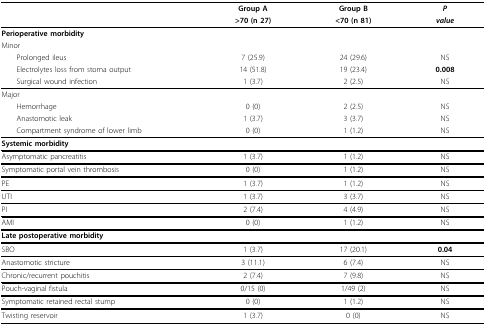
|  | Group A | Group B | P |
 |  | >70 (n 27) | <70 (n 81) | value |
 | --- | --- | --- | --- |
 | Perioperative morbidity |  |  |  |
 | Minor |  |  |  |
 | Prolonged ileus | 7 (25.9) | 24 (29.6) | NS |
 | Electrolytes loss from stoma output | 14 (51.8) | 19 (23.4) | 0.008 |
 | Surgical wound infection | 1 (3.7) | 2 (2.5) | NS |
 | Major |  |  |  |
 | Hemorrhage | 0 (0) | 2 (2.5) | NS |
 | Anastomotic leak | 1 (3.7) | 3 (3.7) | NS |
 | Compartment syndrome of lower limb | 0 (0) | 1 (1.2) | NS |
 | Systemic morbidity |  |  |  |
 | Asymptomatic pancreatitis | 1 (3.7) | 1 (1.2) | NS |
 | Symptomatic portal vein thrombosis | 0 (0) | 1 (1.2) | NS |
 | PE | 1 (3.7) | 1 (1.2) | NS |
 | UTI | 1 (3.7) | 3 (3.7) | NS |
 | PI | 2 (7.4) | 4 (4.9) | NS |
 | AMI | 0 (0) | 1 (1.2) | NS |
 | Late postoperative morbidity |  |  |  |
 | SBO | 1 (3.7) | 17 (20.1) | 0.04 |
 | Anastomotic stricture | 3 (11.1) | 6 (7.4) | NS |
 | Chronic/recurrent pouchitis | 2 (7.4) | 7 (9.8) | NS |
 | Pouch-vaginal fistula | 0/15 (0) | 1/49 (2) | NS |
 | Symptomatic retained rectal stump | 0 (0) | 1 (1.2) | NS |
 | Twisting reservoir | 1 (3.7) | 0 (0) | NS |